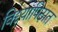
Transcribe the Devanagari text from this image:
विद्दयापिठात